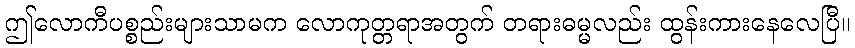
ဤလောကီပစ္စည်းများသာမက လောကုတ္တရာအတွက် တရားဓမ္မလည်း ထွန်းကားနေလေပြီ။